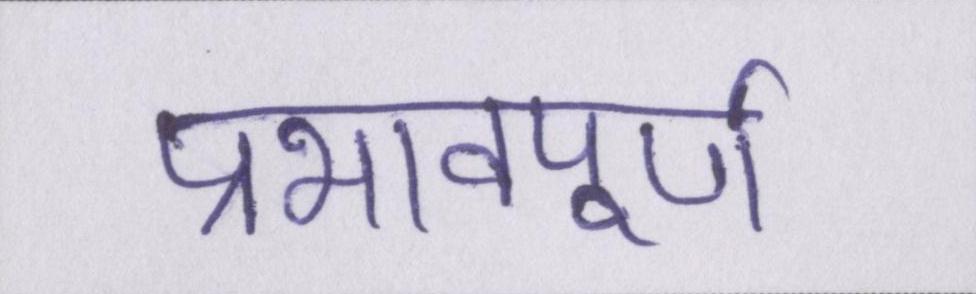
प्रभावपूण्र